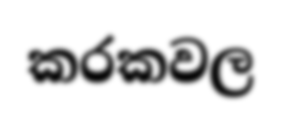
කරකවල